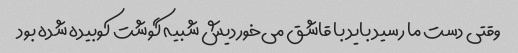
وقتی دست ما رسید باید با قاشق می‌خوردیش شبیه گوشت کوبیده شده بود